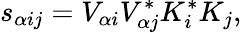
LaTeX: s_{\alpha ij}=V_{\alpha i}V_{\alpha j}^{*}K_{i}^{*}K_{j},